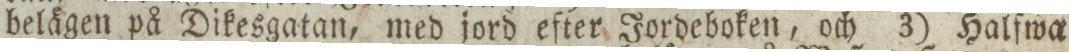
belägen på Dikesgatan, med jord efter Jordeboken, och 3) Halfwa